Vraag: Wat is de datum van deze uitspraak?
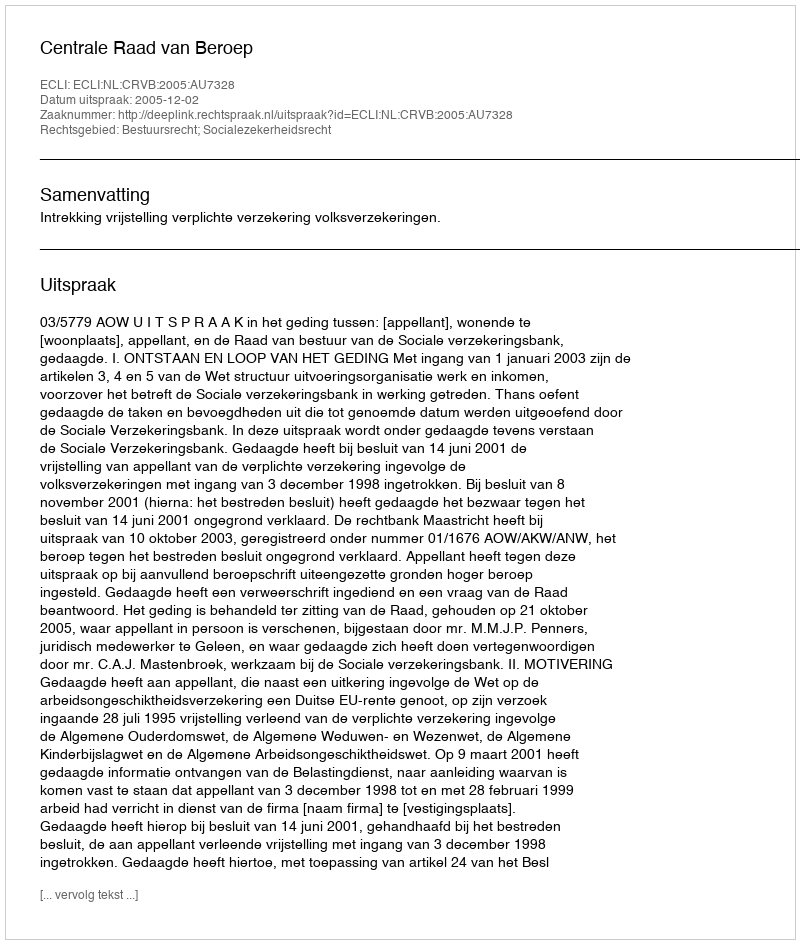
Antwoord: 2005-12-02